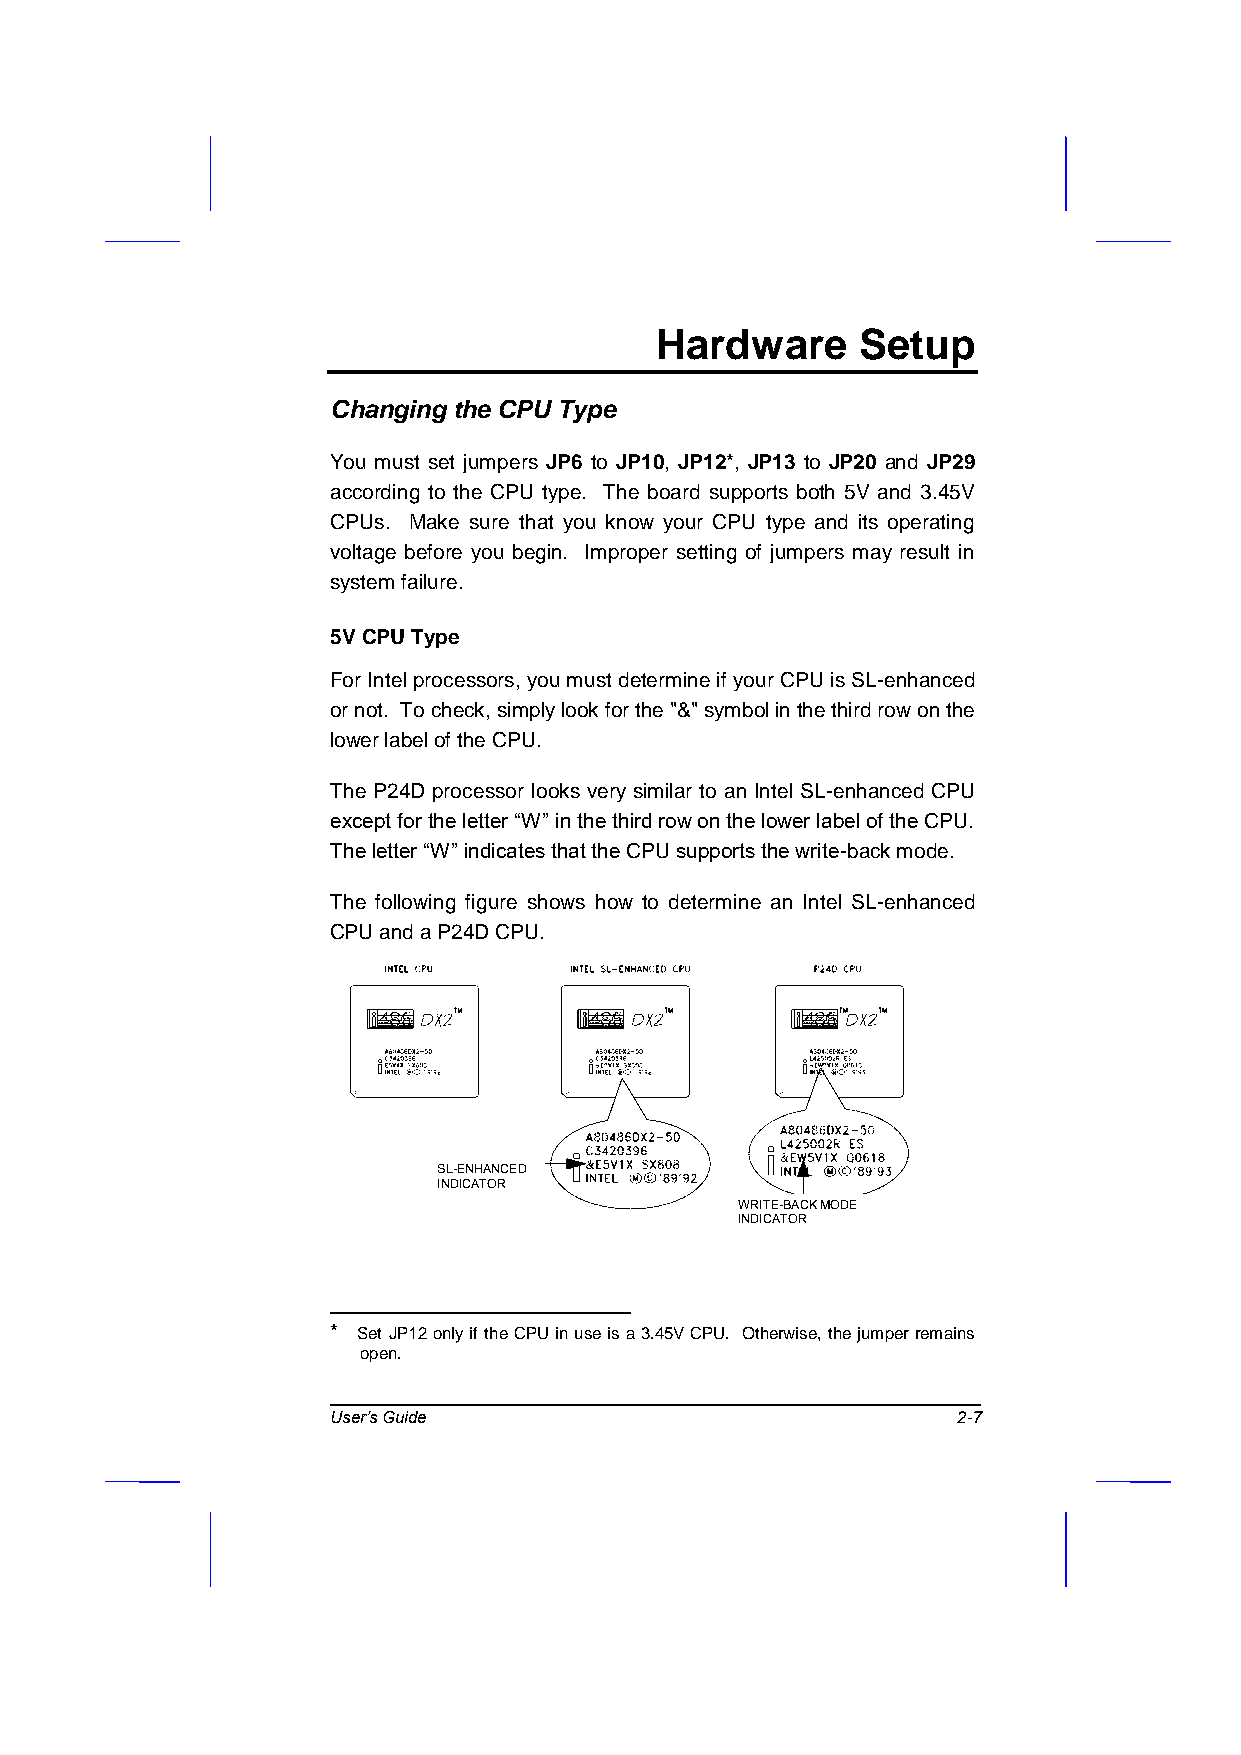
Hardware      Setup
 Changing the CPU Type
 You must set jumpers JP6 to JP10, JP12*, JP13 to JP20 and JP29
 according to the CPU type. The board supports both 5V and 3.45V
 CPUs. Make sure that you know your CPU type and its operating
 voltage before you begin. Improper setting of jumpers may result in
 system failure.
 5V CPU Type
 For Intel processors, you must determine if your CPU is SL-enhanced
 or not. To check, simply look for the "&" symbol in the third row on the
 lower label of the CPU.
 The P24D processor looks very similar to an Intel SL-enhanced CPU
 except for the letter “W” in the third row on the lower label of the CPU.
 The letter “W” indicates that the CPU supports the write-back mode.
 The following figure shows how to determine an Intel SL-enhanced
 CPU and a P24D CPU.
 SL-ENHANCED
 INDICATOR
 WRITE-BACK MODE
 INDICATOR
 * Set JP12 only if the CPU in use is a 3.45V CPU. Otherwise, the jumper remains
 open.
 User’s Guide                             2-7